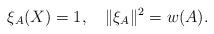
LaTeX: \begin{align*}\xi_A(X)=1,\quad\|\xi_A\|^2=w(A).\end{align*}